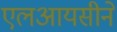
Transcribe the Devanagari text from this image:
एलआयसीने